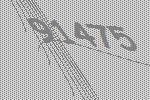
91475